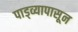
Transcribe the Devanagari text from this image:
पाड्व्यापासून